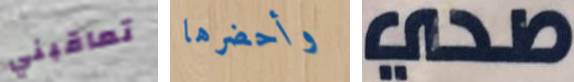
تعاقبني وأحضرها صحي